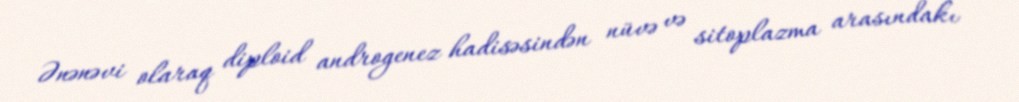
Ənənəvi olaraq diploid androgenez hadisəsindən nüvə və sitoplazma arasındakı